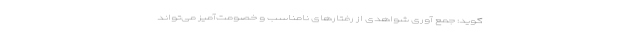
‌گوید: جمع آوری شواهدی از رفتارهای نامناسب و خصومت‌آمیز می‌تواند